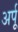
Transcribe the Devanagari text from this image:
अर्पू